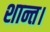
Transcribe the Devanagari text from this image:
शान्त।